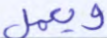
ويعمل